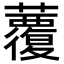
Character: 𧄏